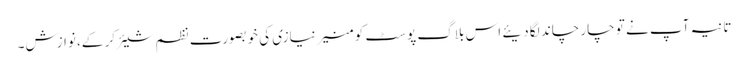
تانیہ آپ نے تو چار چاند لگا دیئے اس بلاگ پوسٹ کو منیر نیازی کی خوبصورت نظم شیئر کر کے، نوازش۔